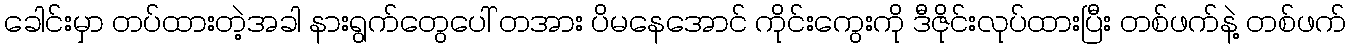
ခေါင်းမှာ တပ်ထားတဲ့အခါ နားရွက်တွေပေါ် တအား ပိမနေအောင် ကိုင်းကွေးကို ဒီဇိုင်းလုပ်ထားပြီး တစ်ဖက်နဲ့ တစ်ဖက်